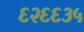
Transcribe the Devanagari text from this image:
६२६६३५